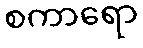
စကာရော